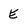
Character: E